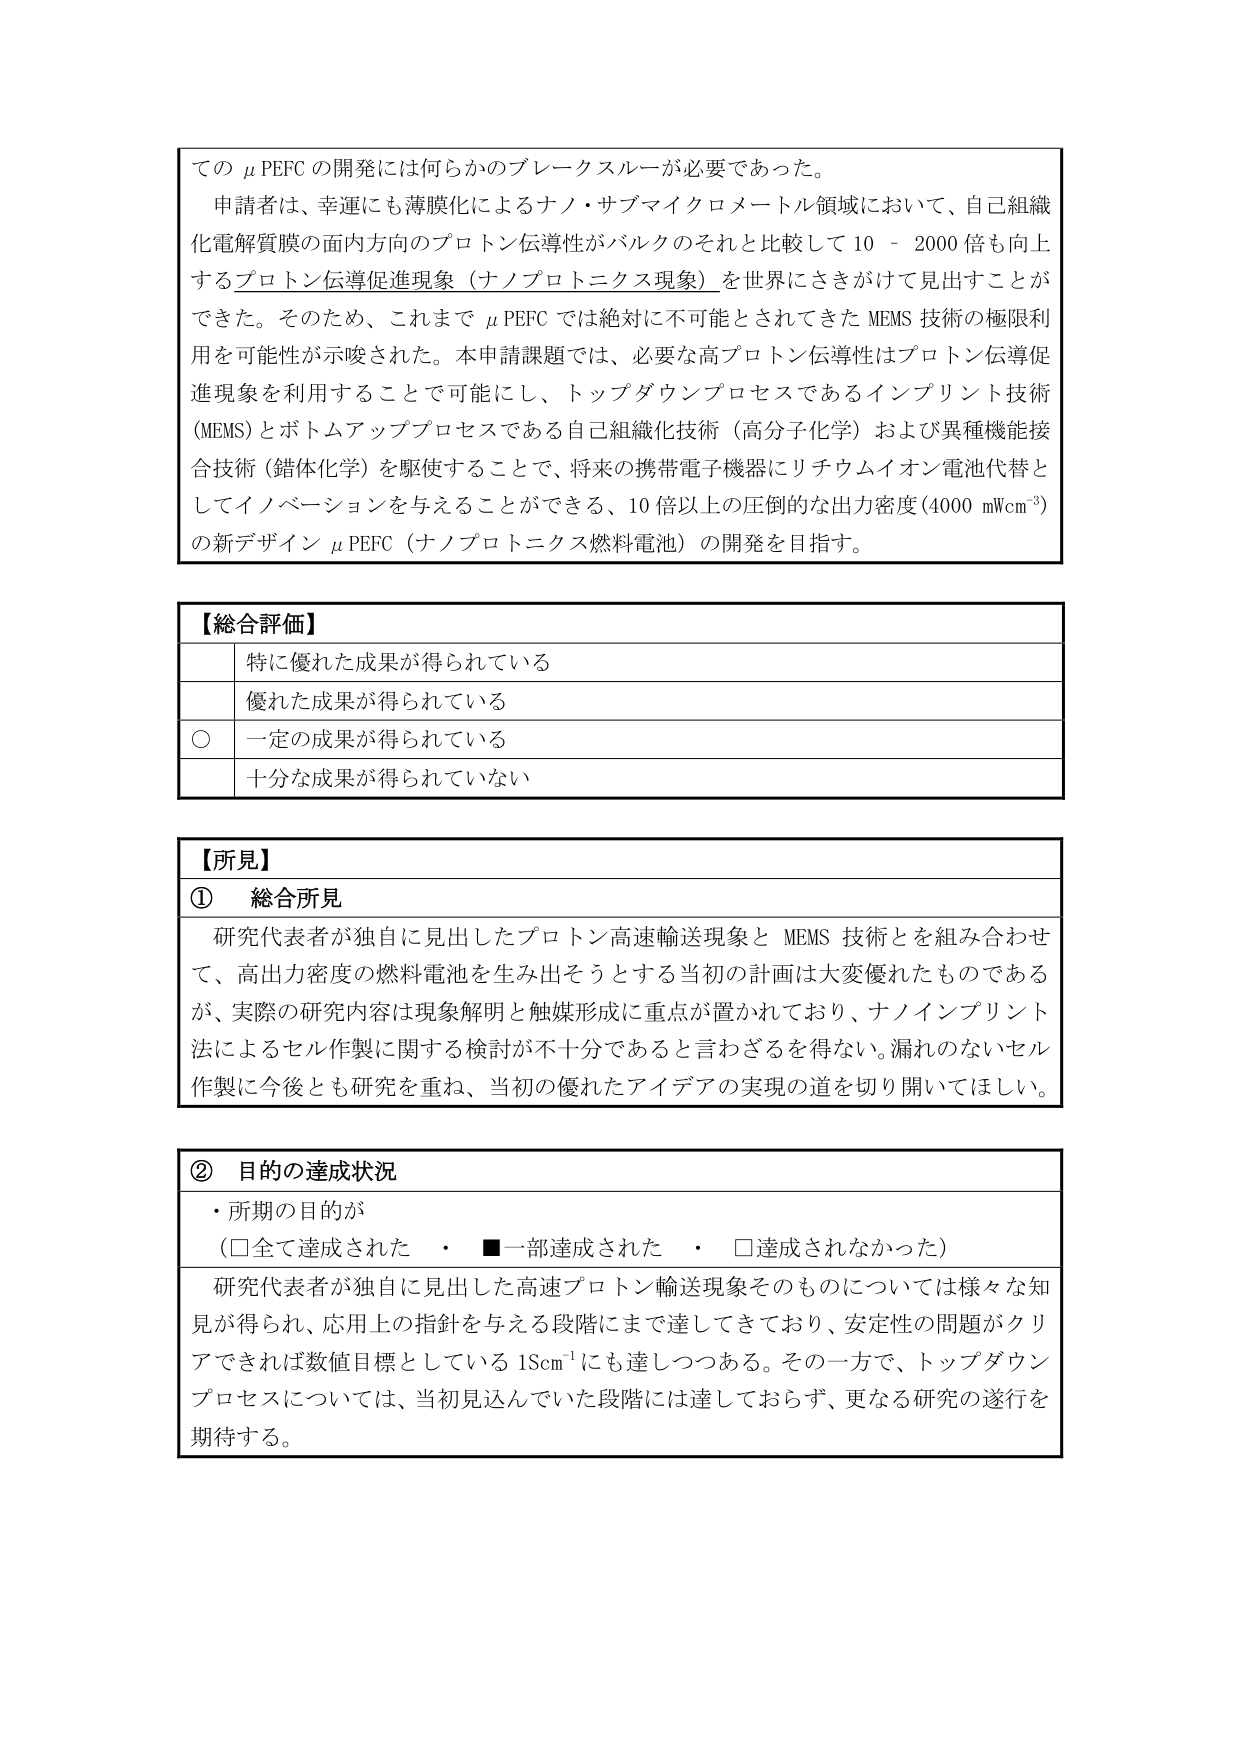
ての μ PEFC の開発には何らかのブレークスルーが必要であった。

申請者は、幸運にも薄膜化によるナノ・サブマイクロメートル領域において、自己組織化電解質膜の面内方向のプロトン伝導性がバルクのそれと比較して 10 - 2000 倍も向上するプロトン伝導促進現象（ナノプロトニクス現象）を世界にさきがけて見出すことができた。そのため、これまで μ PEFC では絶対に不可能とされてきた MEMS 技術の極限利用を可能性が示唆された。本申請課題では、必要な高プロトン伝導性はプロトン伝導促進現象を利用することで可能にし、トップダウンプロセスであるインプリント技術（MEMS）とボトムアッププロセスである自己組織化技術（高分子化学）および異種機能接合技術（錯体化学）を駆使することで、将来の携帯電子機器にリチウムイオン電池代替としてイノベーションを与えることができる、10 倍以上の圧倒的な出力密度（4000 mWcm⁻²）の新デザイン μ PEFC（ナノプロトニクス燃料電池）の開発を目指す。

【総合評価】
特に優れた成果が得られている
優れた成果が得られている
○ 一定の成果が得られている
十分な成果が得られていない

【所見】
① 総合所見
研究代表者が独自に見出したプロトン高速輸送現象と MEMS 技術とを組み合わせて、高出力密度の燃料電池を生み出そうとする当初の計画は大変優れたものであるが、実際の研究内容は現象解明と触媒形成に重点が置かれており、ナノインプリント法によるセル作製に関する検討が不十分であると言わざるを得ない。漏れのないセル作製に今後とも研究を重ね、当初の優れたアイデアの実現の道を切り開いてほしい。

② 目的の達成状況
・ 所期の目的が
（□全て達成された ・ ■一部達成された ・ □達成されなかった）
研究代表者が独自に見出した高速プロトン輸送現象そのものについては様々な知見が得られ、応用上の指針を与える段階にまで達してきており、安定性の問題がクリアできれば数値目標としている 1Scm⁻¹にも達しつつある。その一方で、トップダウンプロセスについては、当初見込んでいた段階には達しておらず、更なる研究の遂行を期待する。